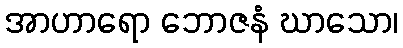
အာဟာရော ဘောဇနံ ဃာသော၊